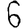
Digit: 6